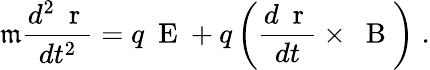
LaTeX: \mathfrak{m}\frac{{d^{2}\mathrm{{~\mathbf{~}r~}}}}{{dt^{2}}}=q\mathrm{{~\mathbf{~}E~}}+q\left(\frac{{d\mathrm{{~\mathbf{~}r~}}}}{{dt}}\times\mathrm{{~\mathbf{~}B~}}\right)\; .